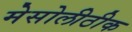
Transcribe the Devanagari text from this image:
मेसोलीठीक